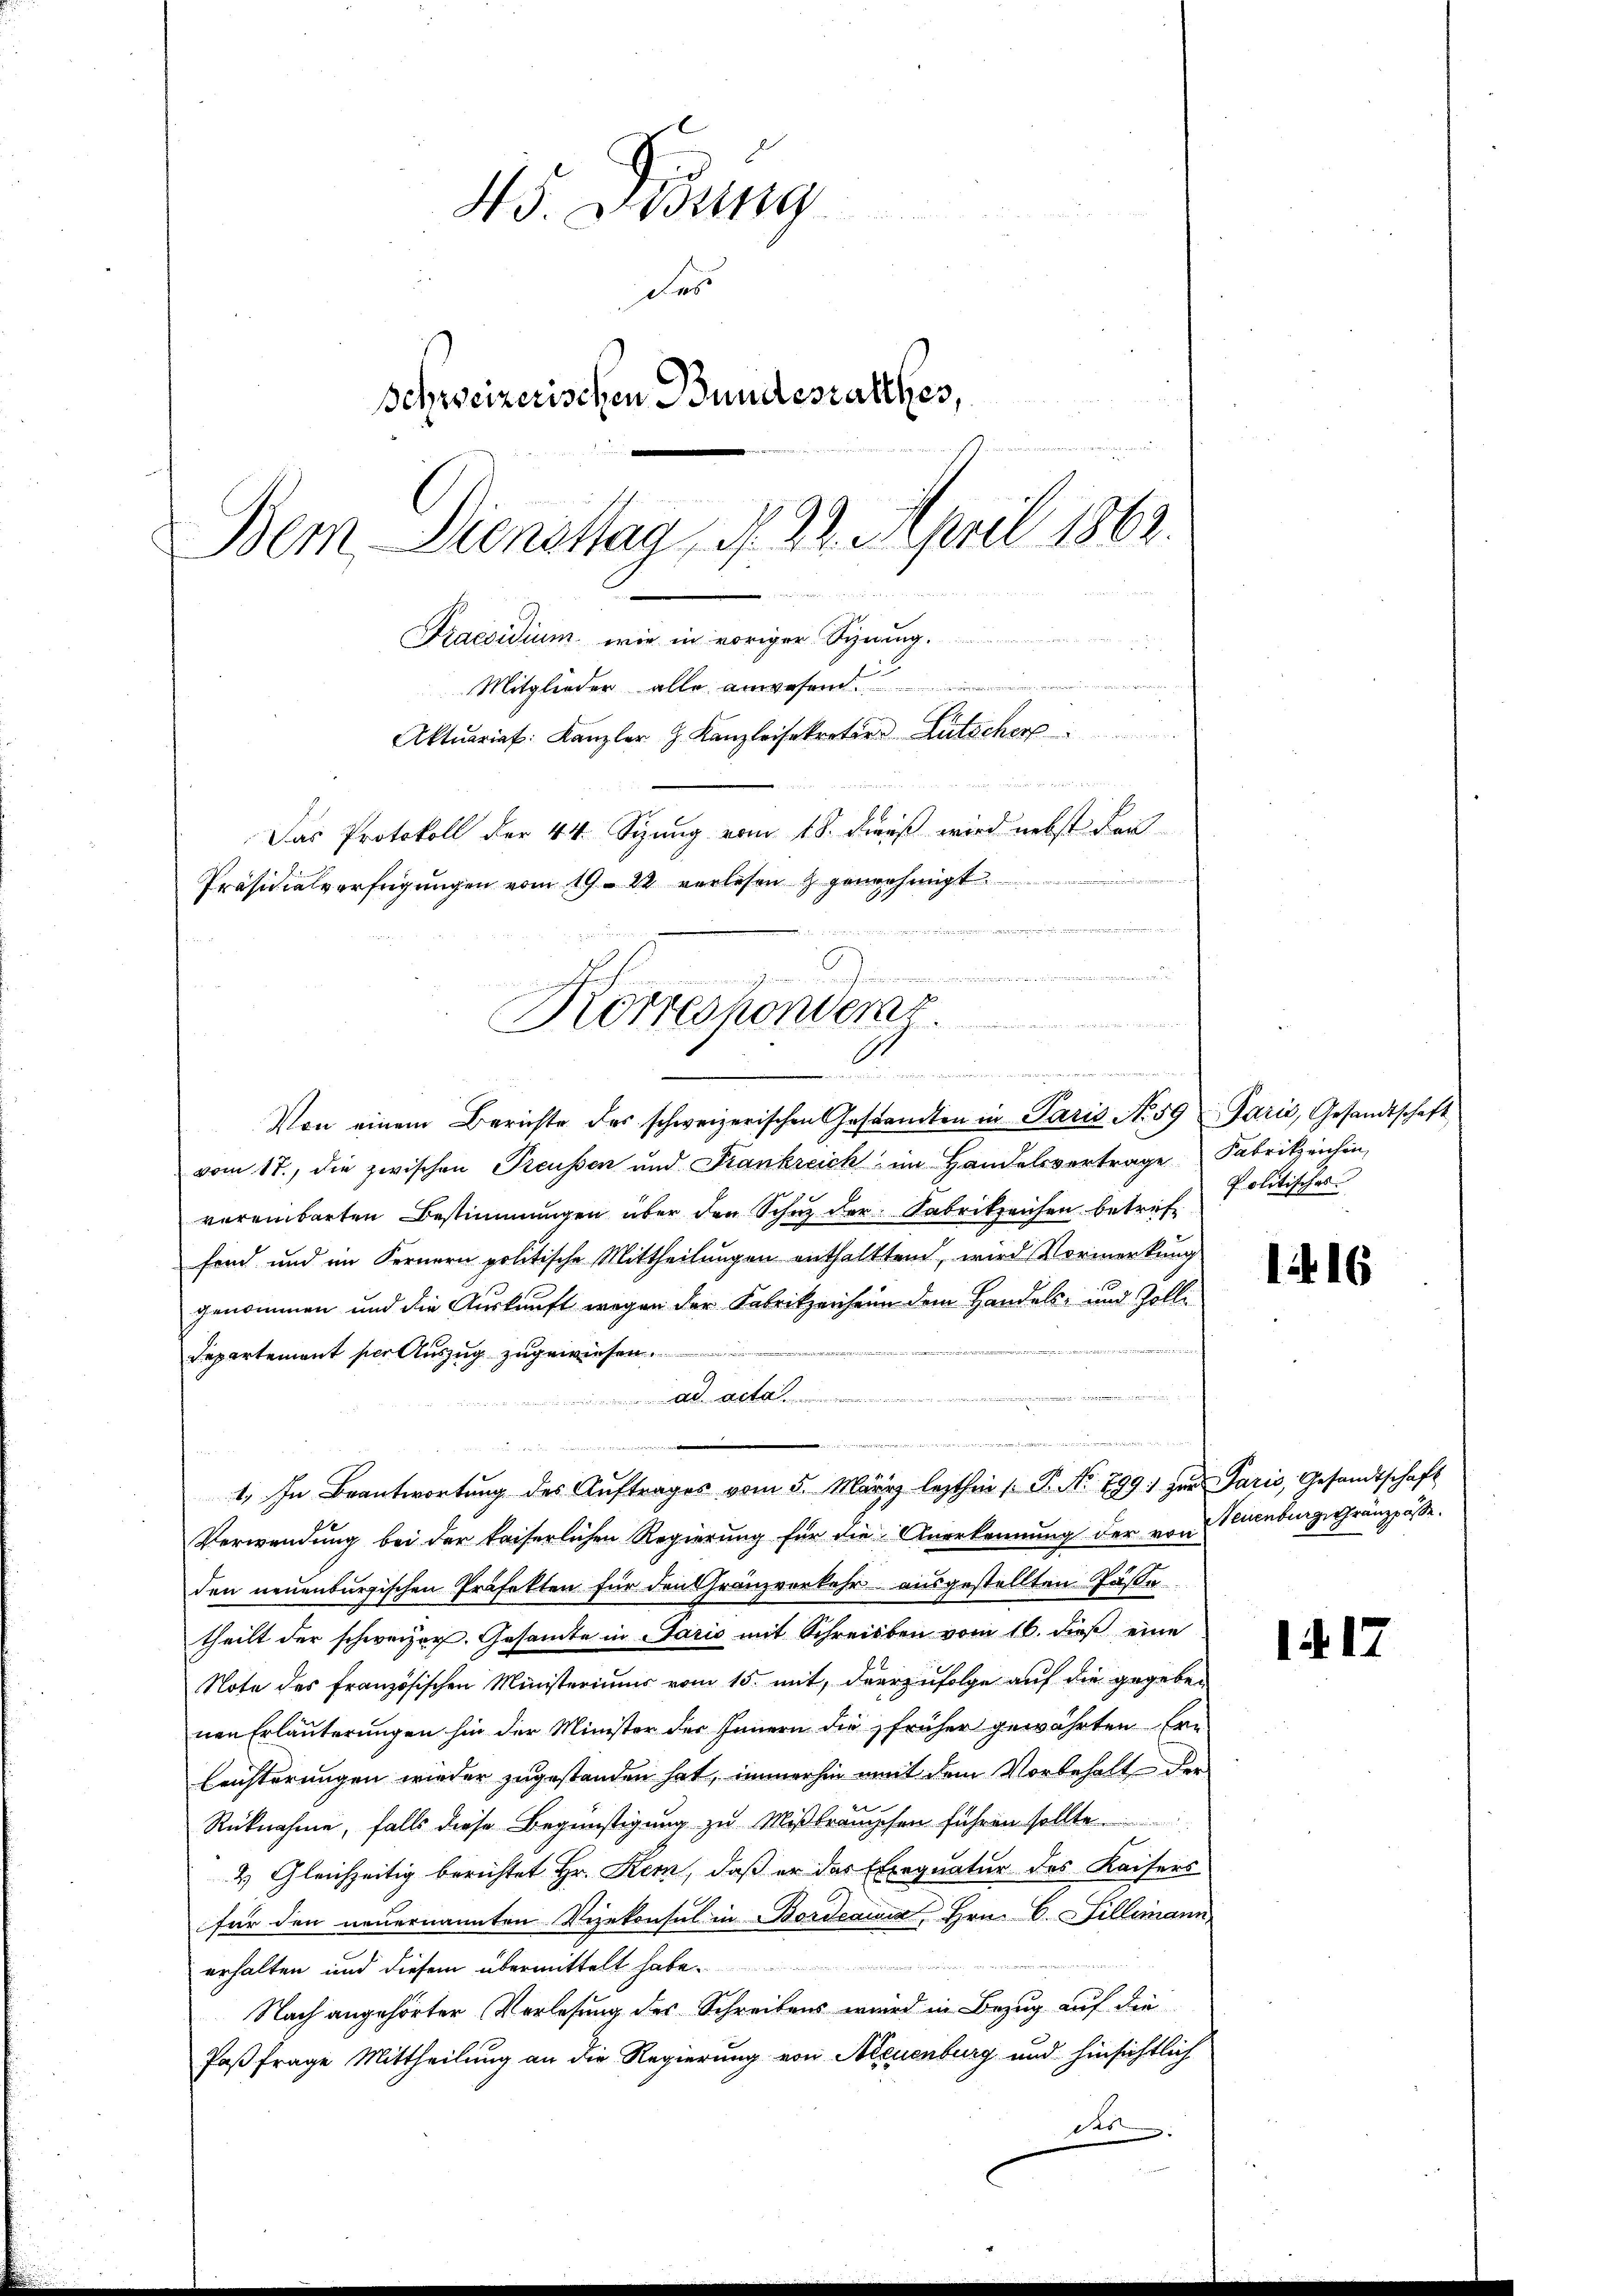
45. Dessing
des
Schweizerischen Bundesrathes,
Bem Diensttag, d. 22. April 1862.
Praesidium wie in voriger Syning.
.
 s e
Mitglieder alle anwesend
Aktuariat. Kanzler z. Kanzleisekretär Lütscher

Das Protokoll der 44. Syung vom 18. dieß wird nebst der
Präsidialverfügungen vom 19. 22 verlesen & genehmigt.

.
Körrespondert
A
veilen der die
 wesen seine

Von einem Berichte des schweizerischen Gestandten in Paris No 59 u Paris, Gesandtschaft
vom 17. die zwischen Preussen und Frankreich im Handelsvertrage Fabrikzeichen,
voreinbarten Bestimmungen über den Schuz der Fabrikzeichen betref
ford und im Fernern politische Mittheilungen enthaltten, wird Vormerkung
genommen und die Auskunft wegen der Fabrikzenheim dem Handels- und Zolli
m
Repartement der Auszug zugewiesen.
Ad Acta
n
1. In Beantwortung des Auftrages vom 5. März lezthin 1. P. Nr. 799) zur Paris, Gesandtschaft
Verwendung bei der kaiserlichen Regierung für die Anerkennung der von Neuenburg, Gränzpöse.
den neuenburgischen Präfekten für den Gränzverkehr ausgestellten Gäste
theilt der schweizer. Gesamte in Paris mit Schreiben vom 16. dieß eine
Note des französischen Ministeriums vom 15. mit, derzufolge auf die gegeben
nen Erläuterungen hin der Minister der Innern die früher gewährten Ern
leichterungen wieder zugestanden hat, immerhin mit dem Vorbehalt der
Rücknahme, falls diese Begünstigung zu Mißbräuchen führen sollte
2) Gleichzeitig berichtet Hr. Kern, daß er das Exequatur des Kaisers
für den neuernannten Vizekonsul in Bordeaus Hrn. C. Fillimann,
erhalten und diesem übermittelt habe.
Nach angehörter Verlesung des Schreibens wird in Bezug auf die
Paß frage Mittheilung an die Regierung von Neuenburg und hinsichtlich
das.

Politisches

1416

117